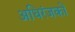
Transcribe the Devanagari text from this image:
अधिरंजकों